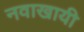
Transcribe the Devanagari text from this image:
नवाखायी